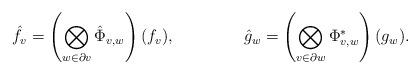
LaTeX: \begin{align*}\hat{f}_v &= \left(\bigotimes_{w\in\partial v} \hat{\Phi}_{v,w}\right)(f_v),&\hat{g}_w &= \left(\bigotimes_{v\in\partial w} \Phi^*_{v,w}\right)(g_w).\end{align*}